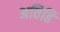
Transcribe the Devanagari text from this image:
अतिहि